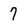
Character: 7